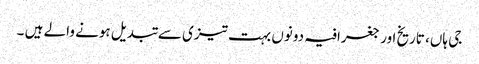
جی ہاں، تاریخ اور جغرافیہ دونوں بہت تیزی سے تبدیل ہونے والے ہیں ۔